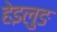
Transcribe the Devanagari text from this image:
हेइलुङ